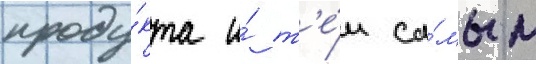
проду́кта и́ т'е́м са́мым